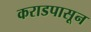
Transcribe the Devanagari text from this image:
कराडपासून